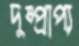
দুষ্প্রাপ্য